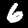
Label: 6